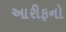
આરીફનો